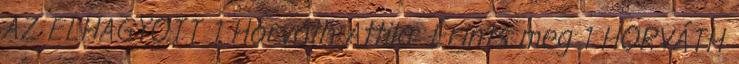
AZ ELHAGYOTT 1 Horváth Attila: Érints meg 1 HORVÁTH